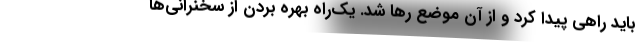
باید راهی پیدا کرد و از آن موضع رها شد. یک‌راه بهره بردن از سخنرانی‌ها